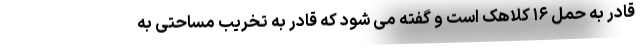
قادر به حمل ۱۶ کلاهک است و گفته می شود که قادر به تخریب مساحتی به